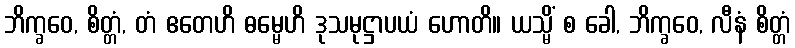
ဘိက္ခဝေ, စိတ္တံ, တံ ဧတေဟိ ဓမ္မေဟိ ဒုသမုဋ္ဌာပယံ ဟောတိ။ ယသ္မိံ စ ခေါ, ဘိက္ခဝေ, လီနံ စိတ္တံ